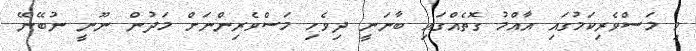
މި މަސްވެރިކަމުގައި އާއްމު ގޮތެއްގައި ބާނަނީ ދިވެހި މަސްވެރިންނަށް މަދުން ނޫނީ ނުބޭނޭ